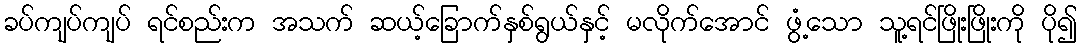
ခပ်ကျပ်ကျပ် ရင်စည်းက အသက် ဆယ့်ခြောက်နှစ်ရွယ်နှင့် မလိုက်အောင် ဖွံ့သော သူ့ရင်ဖြိုးဖြိုးကို ပို၍